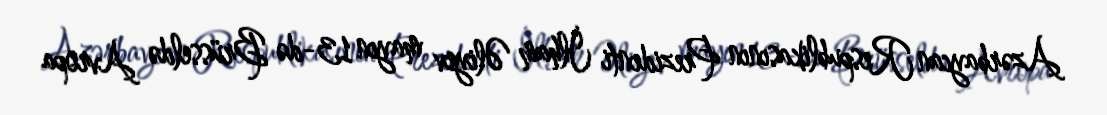
Azərbaycan Respublikasının Prezidenti İlham Əliyev mayın 13-də Brüsseldə Avropa